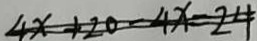
4 x + 2 0 - 4 x = 2 4